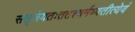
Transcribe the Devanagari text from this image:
ससृजेयतःततश्चर्मण्वतीत्येवं